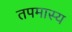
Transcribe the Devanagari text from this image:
तपमास्य